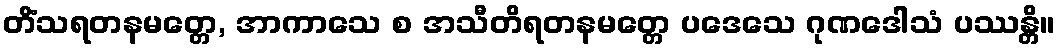
တိံသရတနမတ္တေ, အာကာသေ စ အသီတိရတနမတ္တေ ပဒေသေ ဂုဏဒေါသံ ပဿန္တိ။